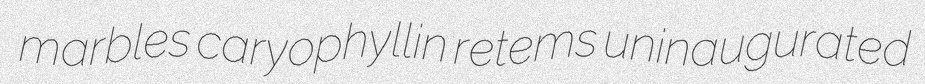
marbles caryophyllin retems uninaugurated